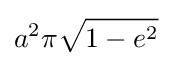
a^{2}\pi {\sqrt {1-e^{2}}}